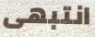
انتبهى